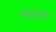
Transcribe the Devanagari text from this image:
चिम्पुंक